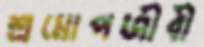
শ্রমোপজীবী